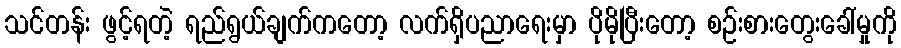
သင်တန်း ဖွင့်ရတဲ့ ရည်ရွယ်ချက်ကတော့ လက်ရှိပညာရေးမှာ ပိုမိုပြီးတော့ စဉ်းစားတွေးခေါ်မှုကို